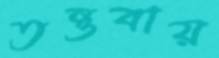
তন্তুবায়